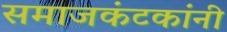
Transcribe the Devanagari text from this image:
समाजकंटकांनी